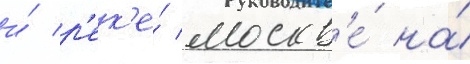
и́ р'ек'е́ москв'е́ на́